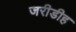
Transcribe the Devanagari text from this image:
जरीडीह